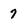
Character: 7